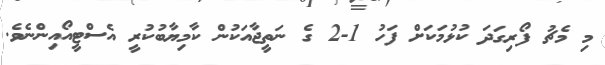
މި މެޗު ފޯރިގަދަ ކުޅުމަކަށް ފަހު 1-2 ގެ ނަތީޖާއަކުން ކާމިޔާބުކުރީ އެސްޓީއޯއިންނެވެ.